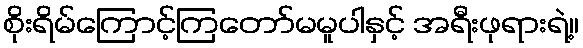
စိုးရိမ်ကြောင့်ကြတော်မမူပါနှင့် အရီးဖုရားရဲ့။